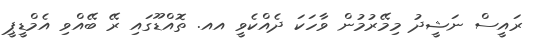
ރައީސް ނަޝީދު މިމޭރުމުން ވާހަކަ ދެއްކެވީ އއ. ތޮއްްޑޫގައި ރޭ ބޭއްވި އެމްޑީޕީ